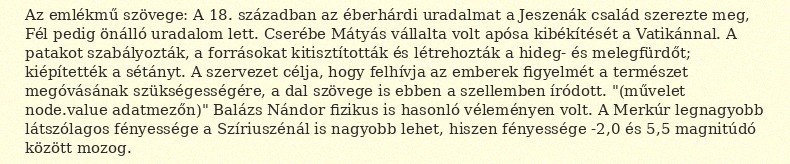
Az emlékmű szövege: A 18. században az éberhárdi uradalmat a Jeszenák család szerezte meg, Fél pedig önálló uradalom lett. Cserébe Mátyás vállalta volt apósa kibékítését a Vatikánnal. A patakot szabályozták, a forrásokat kitisztították és létrehozták a hideg- és melegfürdőt; kiépítették a sétányt. A szervezet célja, hogy felhívja az emberek figyelmét a természet megóvásának szükségességére, a dal szövege is ebben a szellemben íródott. "(művelet node.value adatmezőn)" Balázs Nándor fizikus is hasonló véleményen volt. A Merkúr legnagyobb látszólagos fényessége a Szíriuszénál is nagyobb lehet, hiszen fényessége -2,0 és 5,5 magnitúdó között mozog.